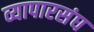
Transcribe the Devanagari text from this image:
व्यापारसंघ